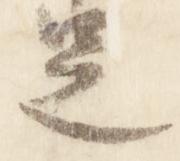
足